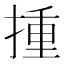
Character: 揰